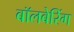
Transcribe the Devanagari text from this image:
बॉलबेरिंग